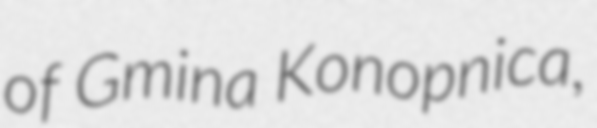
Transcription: of Gmina Konopnica,